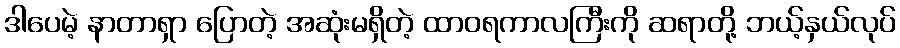
ဒါပေမဲ့ နာတာရှာ ပြောတဲ့ အဆုံးမရှိတဲ့ ထာဝရကာလကြီးကို ဆရာတို့ ဘယ့်နှယ်လုပ်